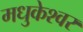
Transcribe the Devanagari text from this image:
मधुकेश्वर